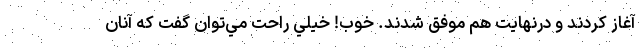
آغاز كردند و درنهايت هم موفق شدند. خوب! خيلي راحت مي‌توان گفت كه آنان